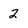
Character: 2